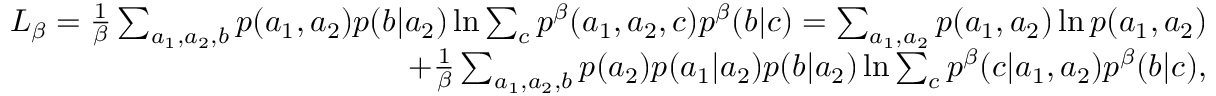
\begin{array} { r l r } & { } & { L _ { \beta } = \frac { 1 } { \beta } \sum _ { a _ { 1 } , a _ { 2 } , b } p ( a _ { 1 } , a _ { 2 } ) p ( b | a _ { 2 } ) \ln { \sum _ { c } p ^ { \beta } ( a _ { 1 } , a _ { 2 } , c ) p ^ { \beta } ( b | c ) } = \sum _ { a _ { 1 } , a _ { 2 } } p ( a _ { 1 } , a _ { 2 } ) \ln { p ( a _ { 1 } , a _ { 2 } ) } } \\ & { } & { + \frac { 1 } { \beta } \sum _ { a _ { 1 } , a _ { 2 } , b } p ( a _ { 2 } ) p ( a _ { 1 } | a _ { 2 } ) p ( b | a _ { 2 } ) \ln { \sum _ { c } p ^ { \beta } ( c | a _ { 1 } , a _ { 2 } ) p ^ { \beta } ( b | c ) } , } \end{array}